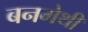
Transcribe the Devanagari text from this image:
बनमेथी